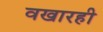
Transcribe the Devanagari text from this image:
वखारही